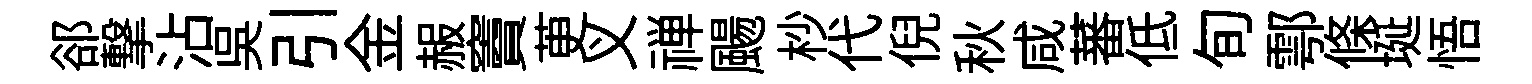
郤撃沾吴引金赧竇茰义禅颺杪代倪秋咸蕃低旬鄠條埏悟